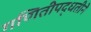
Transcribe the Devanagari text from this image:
गणितीपद्धतीने